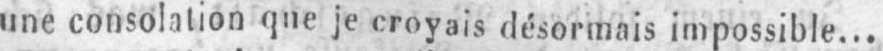
une consolation que je croyais désormais impossible...